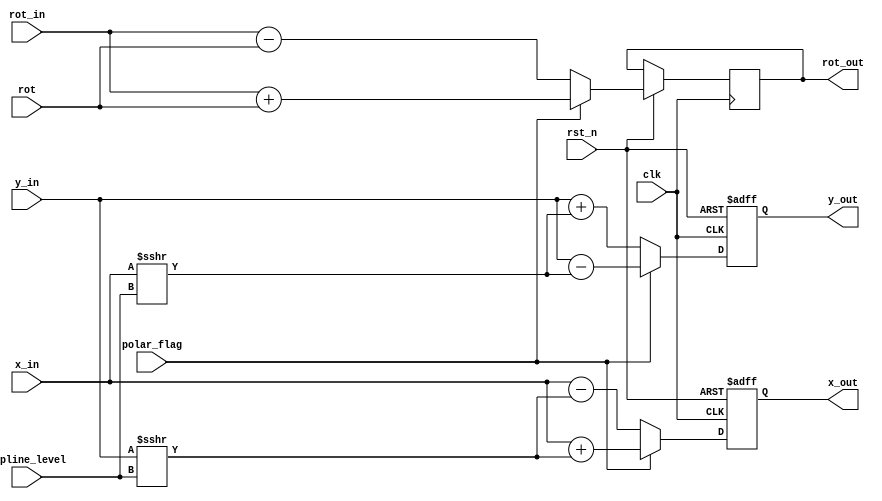
`timescale 1ns / 1ps
module cordic_pipline#(
    parameter DATA_WIDTH_IN     =   11,
    parameter Pipeline          =   16
)(
    input                                               clk,
    input                                               rst_n,
    input           signed  [DATA_WIDTH_IN - 1 : 0]     x_in,
    input           signed  [DATA_WIDTH_IN - 1 : 0]     y_in,
    input                                               polar_flag,
    input                   [5  : 0]                    pipline_level,
    input                   [31 : 0]                    rot,
    input                   [31 : 0]                    rot_in,
    
    output  reg             [31 : 0]                    rot_out,
    output  reg     signed  [DATA_WIDTH_IN - 1 : 0]     x_out,
    output  reg     signed  [DATA_WIDTH_IN - 1 : 0]     y_out
);


always @ (posedge clk or negedge rst_n)
begin
    if(!rst_n) begin
        x_out    <=      0;                         
        y_out    <=      0;
    end
    else begin
        if(polar_flag)begin
            x_out       <=      x_in + (y_in >>> pipline_level);                         
            y_out       <=      y_in - (x_in >>> pipline_level);
            rot_out     <=      rot_in + rot;     
        end
        else begin
            x_out       <=      x_in - (y_in >>> pipline_level);                         
            y_out       <=      y_in + (x_in >>> pipline_level);
            rot_out     <=      rot_in - rot;     
        end
    end
end


endmodule